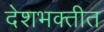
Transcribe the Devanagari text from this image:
देशभक्तीत